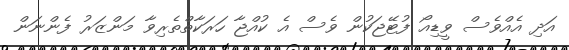
އަދި އެއްވެސް ވީޑިއޯ ފުޓޭޖަކުން ވެސް އެ ކުއްޖާ ހަރަކާތްތެރިވާ މަންޒަރު ފެންނަން